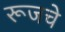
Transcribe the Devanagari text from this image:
रूजचे